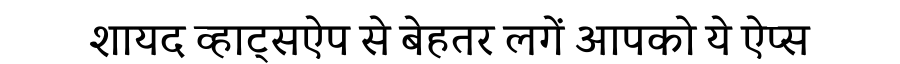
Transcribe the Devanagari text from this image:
शायद व्हाट्सऐप से बेहतर लगें आपको ये ऐप्स